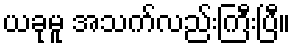
ယခုမူ အသက်လည်းကြီးပြီ။